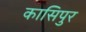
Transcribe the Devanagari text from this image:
कासिपुर